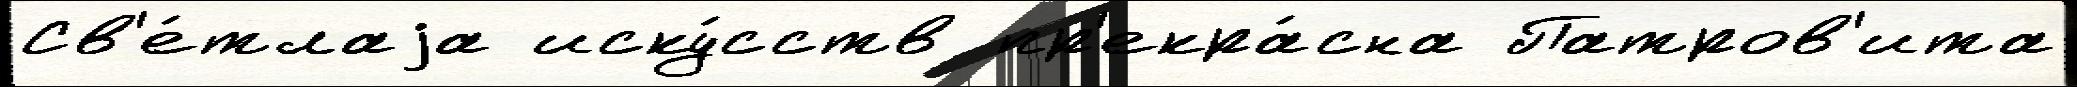
Св'е́тлаjа иску́сств пр'екра́сна Патров'ита